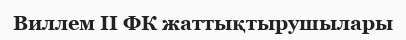
Виллем II ФК жаттықтырушылары